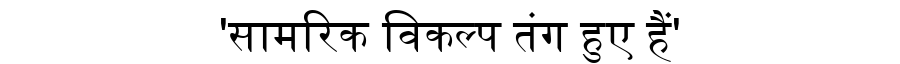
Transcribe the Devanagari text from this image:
'सामरिक विकल्प तंग हुए हैं'